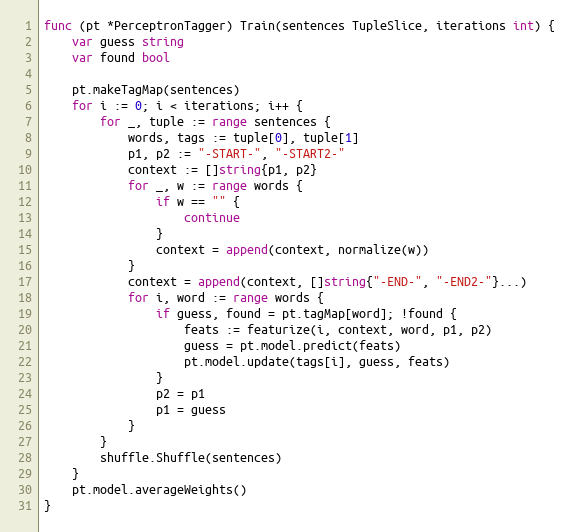
Language: Go
func (pt *PerceptronTagger) Train(sentences TupleSlice, iterations int) {
	var guess string
	var found bool

	pt.makeTagMap(sentences)
	for i := 0; i < iterations; i++ {
		for _, tuple := range sentences {
			words, tags := tuple[0], tuple[1]
			p1, p2 := "-START-", "-START2-"
			context := []string{p1, p2}
			for _, w := range words {
				if w == "" {
					continue
				}
				context = append(context, normalize(w))
			}
			context = append(context, []string{"-END-", "-END2-"}...)
			for i, word := range words {
				if guess, found = pt.tagMap[word]; !found {
					feats := featurize(i, context, word, p1, p2)
					guess = pt.model.predict(feats)
					pt.model.update(tags[i], guess, feats)
				}
				p2 = p1
				p1 = guess
			}
		}
		shuffle.Shuffle(sentences)
	}
	pt.model.averageWeights()
}